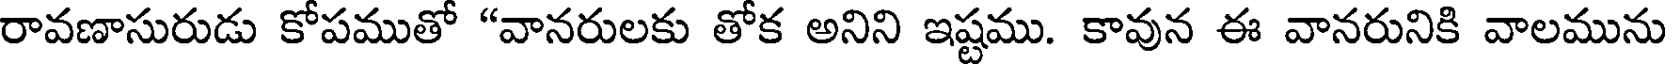
రావణాసురుడు కోపముతో "వానరులకు తోక అనిని ఇష్టము. కావున ఈ వానరునికి వాలమును